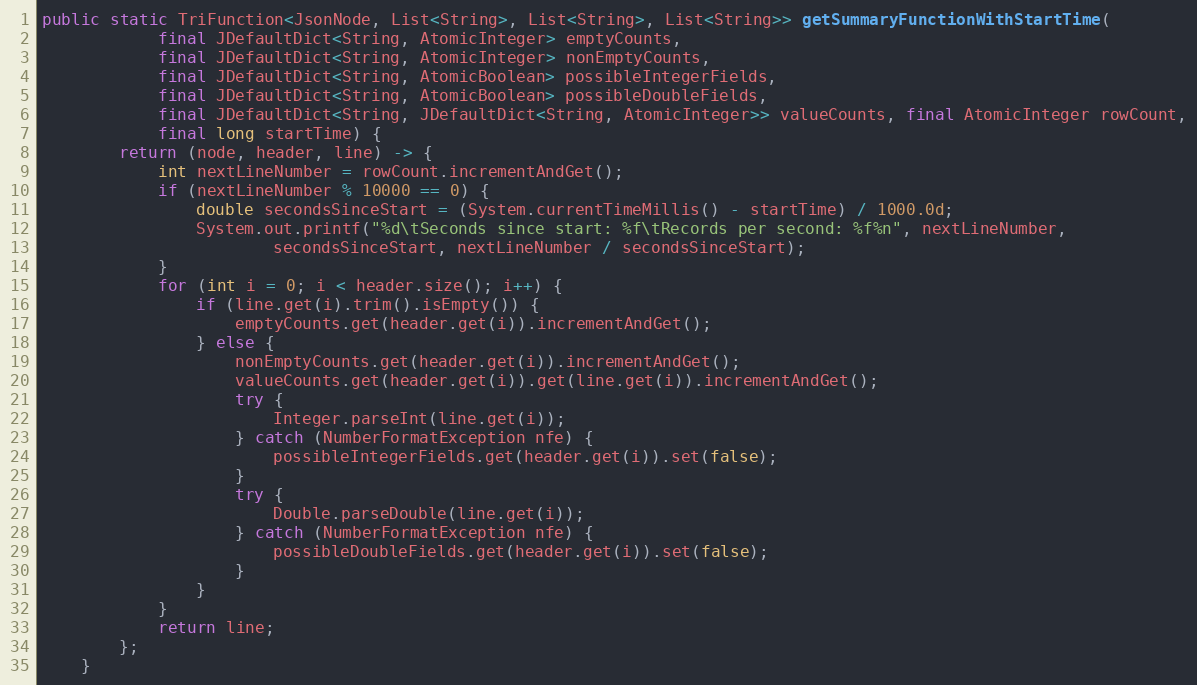
Language: Java
public static TriFunction<JsonNode, List<String>, List<String>, List<String>> getSummaryFunctionWithStartTime(
			final JDefaultDict<String, AtomicInteger> emptyCounts,
			final JDefaultDict<String, AtomicInteger> nonEmptyCounts,
			final JDefaultDict<String, AtomicBoolean> possibleIntegerFields,
			final JDefaultDict<String, AtomicBoolean> possibleDoubleFields,
			final JDefaultDict<String, JDefaultDict<String, AtomicInteger>> valueCounts, final AtomicInteger rowCount,
			final long startTime) {
		return (node, header, line) -> {
			int nextLineNumber = rowCount.incrementAndGet();
			if (nextLineNumber % 10000 == 0) {
				double secondsSinceStart = (System.currentTimeMillis() - startTime) / 1000.0d;
				System.out.printf("%d\tSeconds since start: %f\tRecords per second: %f%n", nextLineNumber,
						secondsSinceStart, nextLineNumber / secondsSinceStart);
			}
			for (int i = 0; i < header.size(); i++) {
				if (line.get(i).trim().isEmpty()) {
					emptyCounts.get(header.get(i)).incrementAndGet();
				} else {
					nonEmptyCounts.get(header.get(i)).incrementAndGet();
					valueCounts.get(header.get(i)).get(line.get(i)).incrementAndGet();
					try {
						Integer.parseInt(line.get(i));
					} catch (NumberFormatException nfe) {
						possibleIntegerFields.get(header.get(i)).set(false);
					}
					try {
						Double.parseDouble(line.get(i));
					} catch (NumberFormatException nfe) {
						possibleDoubleFields.get(header.get(i)).set(false);
					}
				}
			}
			return line;
		};
	}